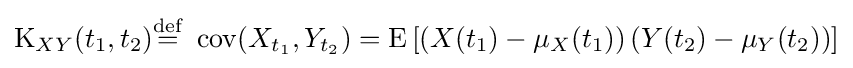
\operatorname {K} _{XY}(t_{1},t_{2}){\stackrel {\mathrm {def} }{=}}\ \operatorname {cov} (X_{t_{1}},Y_{t_{2}})=\operatorname {E} \left[\left(X(t_{1})-\mu _{X}(t_{1})\right)\left(Y(t_{2})-\mu _{Y}(t_{2})\right)\right]